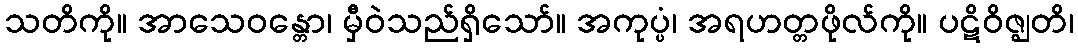
သတိကို။ အာသေဝန္တော၊ မှီဝဲသည်ရှိသော်။ အကုပ္ပံ၊ အရဟတ္တဖိုလ်ကို။ ပဋိဝိဇ္ဈတိ၊